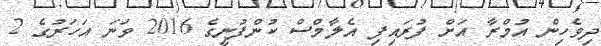
ދިވެހިން އުމްރާ އަށް ފުރައިފި އެލާމްސް ކުންފުނީގެ 2016 ވަނަ އަހަރުގެ 2